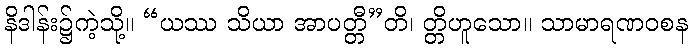
နိဒါန်း၌ကဲ့သို့။ “ယဿ သိယာ အာပတ္တီ”တိ၊ တ္တိဟူသော။ သာမာရဏဝစန